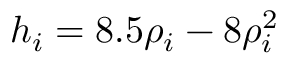
h _ { i } = 8 . 5 \rho _ { i } - 8 \rho _ { i } ^ { 2 }